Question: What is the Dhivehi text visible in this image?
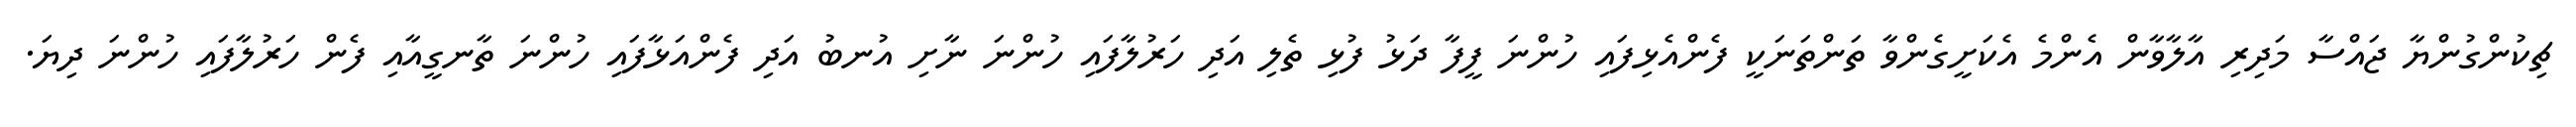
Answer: ޗިކުންގުންޔާ ޖައްސާ މަދިރި އާލާވާން އެންމެ އެކަށީގެންވާ ތަންތަނަކީ ފެންއެޅިފައި ހުންނަ ފީފާ ދަޅު ފުޅި ތެލި އަދި ހަރުލާފައި ހުންނަ ނާށި އުނބު އަދި ފެންއަޅާފައި ހުންނަ ތާނގީއާއި ފެން ހަރުލާފައި ހުންނަ ދިޔަ.